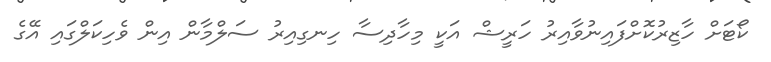
ކޯޓަށް ހާޒިރުކޮށްފައިނުވާއިރު ހަރީޝް އަކީ މިހާދިސާ ހިނގިއިރު ސަލްމާން އިން ވެހިކަލްގައި އޭގެ